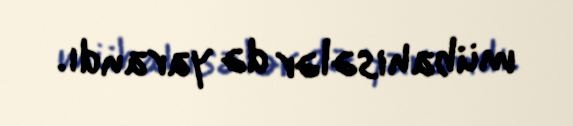
mübahisələr də yarandı.